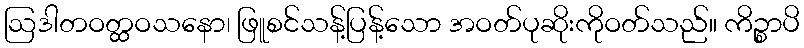
ဩဒါတဝတ္ထဝသနော၊ ဖြူစင်သန့်ပြန့်သော အဝတ်ပုဆိုးကိုဝတ်သည်။ ကိဉ္စာပိ